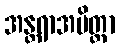
အန္တရာအမိတ္တာ